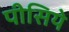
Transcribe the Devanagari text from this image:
पीसिये